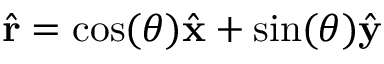
{ \hat { \mathbf { r } } } = \cos ( \theta ) { \hat { \mathbf { x } } } + \sin ( \theta ) { \hat { \mathbf { y } } }